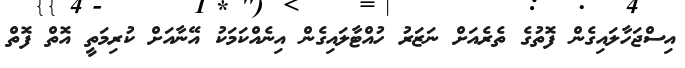
އިސްޖަހާލައިގެން ފޮތުގެ ތެރެއަށް ނަޒަރު ހުއްޓާލައިގެން އިނެއްކަމަކު އޭނާއަށް ކުރިމަތީ އޮތް ފޮތް